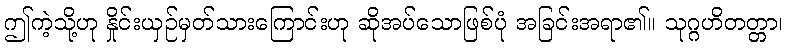
ဤကဲ့သို့ဟု နှိုင်းယှဉ်မှတ်သားကြောင်းဟု ဆိုအပ်သောဖြစ်ပုံ အခြင်းအရာ၏။ သုဂ္ဂဟိတတ္တာ၊